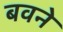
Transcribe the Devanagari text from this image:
बवने